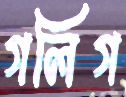
গলিগ